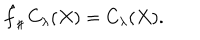
LaTeX: \hat { f } _ { \sharp } \, C _ { \lambda } ( X ) = C _ { \lambda } ( X ) .